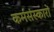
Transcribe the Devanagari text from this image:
कर्मसंस्कारों